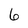
Character: 6